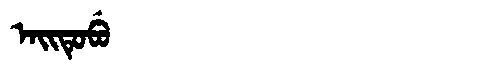
Manchu: ᠠᡳᡨᡠᠪᡠ
Romanization: AITUBU